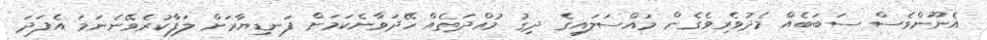
އެނޫންވެސް ސަބަބެއް މެދުވެރިވެގެން މައްސަލައިގެ ދިގު މުއްދަތެއް ހޭދަވާނެކަމަށް ފަނޑިޔާރަށް ލަފާކުރެވޭނެނަމަ އެފަދަ